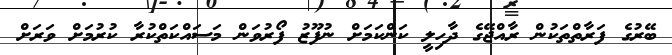
ބޭރުގެ ފަރާތްތަކުން ރާއްޖޭގެ ދާހިލީ ކަންކަމަށް ނުފޫޒު ފޯރުވަން މަސައްކަތްކުރާ ކުރުމަށް ވަރަށް